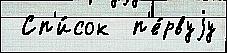
 Сп'и́сок  п'е́рвуjу